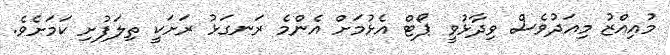
މުއިއްޒު މިއަދުވެސް ވިދާޅުވީ ޕޯޓް އެޅުމަށް އެންމެ ރަނގަޅު ރަށަކީ ތިލަފުށި ކަމަށެވެ.